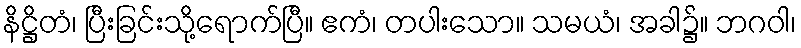
နိဋ္ဌိတံ၊ ပြီးခြင်းသို့ရောက်ပြီ။ ဧကံ၊ တပါးသော။ သမယံ၊ အခါ၌။ ဘဂဝါ၊